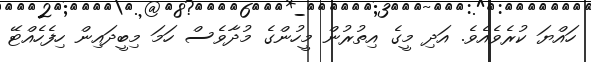
ހައްޔަ ކުރެވެއެވެ. އަދި މީގެ އިތުރުން މީހުންގެ މުދާވެސް ހަމަ މިބީދައިން ހިފެހެއްޓޭ